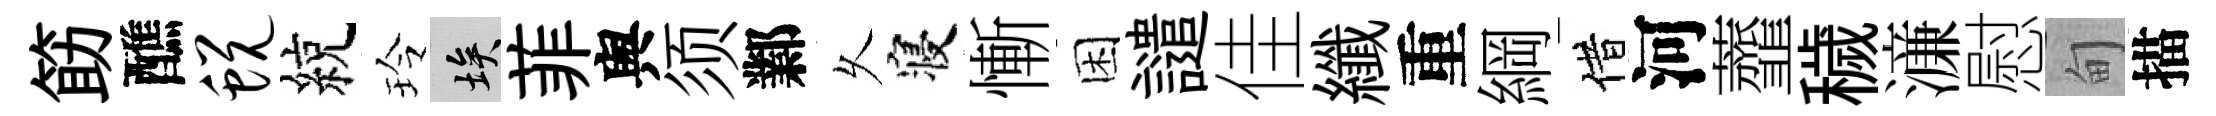
筯醮蜕綂玲埃菲舆须鄴乆寝慚困譴佳纖重綱借河虀穢濓慰甸描